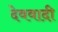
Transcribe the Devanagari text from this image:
देववादी